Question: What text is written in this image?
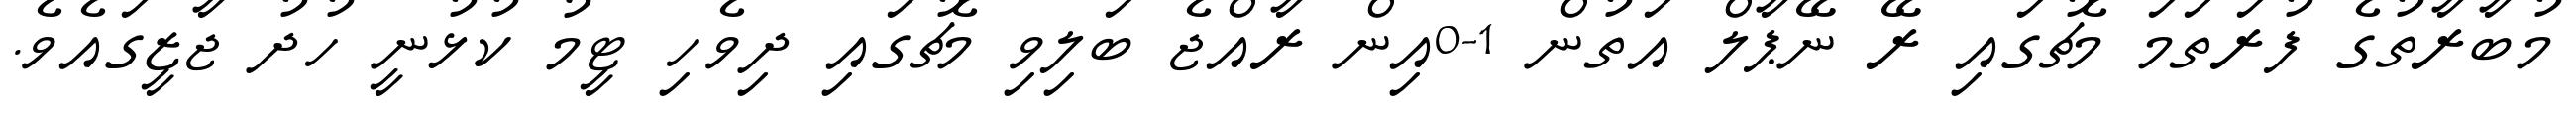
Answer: މުބާރާތުގެ ފުރަތަމަ މެޗުގައި ރޭ ނޭޕާލް އަތުން 1-0އިން ރާއްޖެ ބަލިވި މެޗުގައި ދިވެހި ޓީމު ކުޅުނީ ހުދު ޖާޒީގައެވެ.